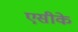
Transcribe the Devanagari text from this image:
एसीके